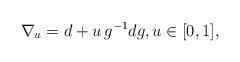
LaTeX: \begin{align*}\nabla_u= d+ u\,g^{-1}dg, u\in [0,1],\end{align*}